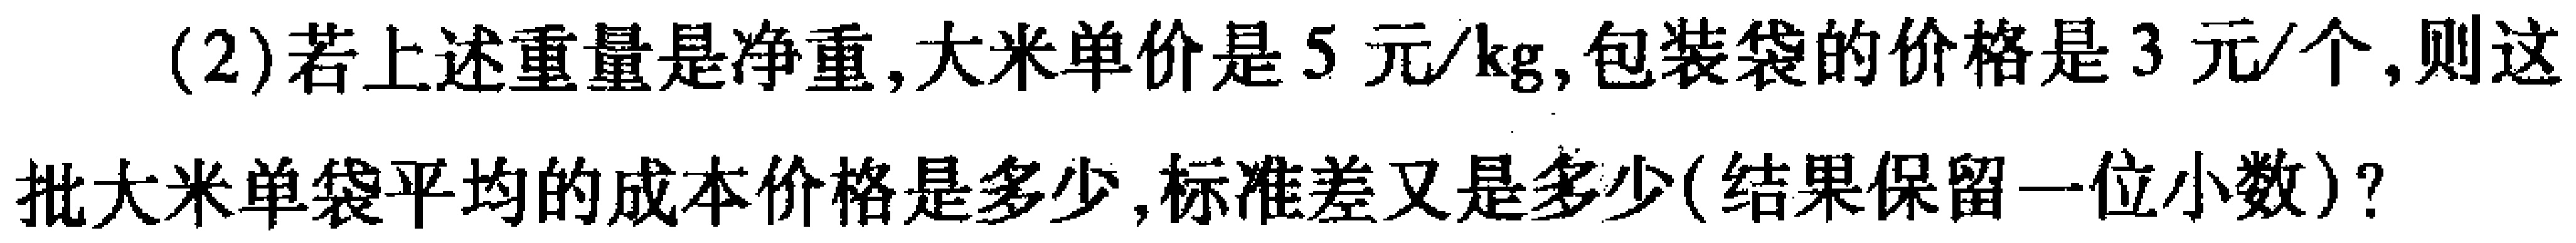
(2)若上述重量是净重,大米单价是5 元/kg,包装袋的价格是3 元/个,则这批大米单袋平均的成本价格是多少,标准差又是多少(结果保留一位小数)?